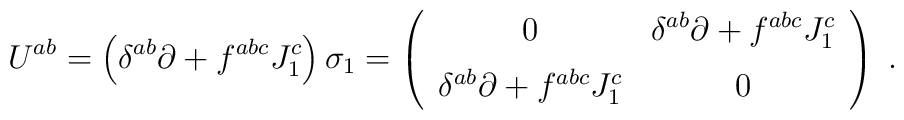
U^{ab} = \left(\delta^{ab} \partial + f^{abc} J_{1}^{c}\right) \sigma_{1} =\left(\begin{array}{cc}0 & \delta^{ab}\partial + f^{abc}J_{1}^{c}\\\noalign{\vspace{6pt}}\delta^{ab}\partial + f^{abc}J_{1}^{c} & 0\end{array}\right)\;.